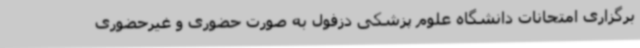
برگزاری امتحانات دانشگاه علوم پزشکی دزفول به صورت حضوری و غیرحضوری